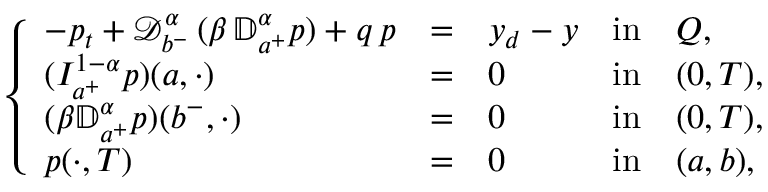
\left\{ \begin{array} { l l l l l l l l l l l l } { \displaystyle - p _ { t } + \displaystyle { \mathcal D } _ { b ^ { - } } ^ { \alpha } \, ( \beta \, { \mathbb D } _ { a ^ { + } } ^ { \alpha } p ) + q \, p } & { = } & { y _ { d } - y } & { \mathrm { i n } } & { Q , } \\ { \displaystyle ( I _ { a ^ { + } } ^ { 1 - \alpha } p ) ( a , \cdot ) } & { = } & { 0 } & { \mathrm { i n } } & { ( 0 , T ) , } \\ { \displaystyle ( \beta { \mathbb D } _ { a ^ { + } } ^ { \alpha } p ) ( b ^ { - } , \cdot ) } & { = } & { 0 } & { \mathrm { i n } } & { ( 0 , T ) , } \\ { \displaystyle p ( \cdot , T ) } & { = } & { 0 } & { \mathrm { i n } } & { ( a , b ) , } \end{array} \right.